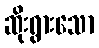
ဆိုးရွားသော